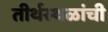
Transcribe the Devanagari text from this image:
तीर्थस्थळांची